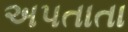
અપતાતા